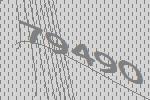
79490